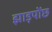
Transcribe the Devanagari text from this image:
झाड़पोेंछ